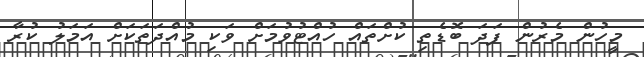
މީހުން މެރުން ފަދަ ބޮޑެތި ކުށްތައް ހުއްޓުވުމަށް ވަކި މުއްދަތަކަށް އަމަލު ކުރާ